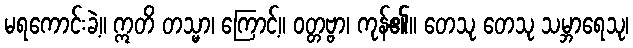
မရကောင်းခဲ့။ ဣတိ တသ္မာ၊ ကြောင့်။ ဝတ္တဗ္ဗာ၊ ကုန်၏။ တေသု တေသု သမ္ဘာရေသု၊